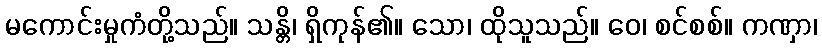
မကောင်းမှုကံတို့သည်။ သန္တိ၊ ရှိကုန်၏။ သော၊ ထိုသူသည်။ ဝေ၊ စင်စစ်။ ကဏှာ၊